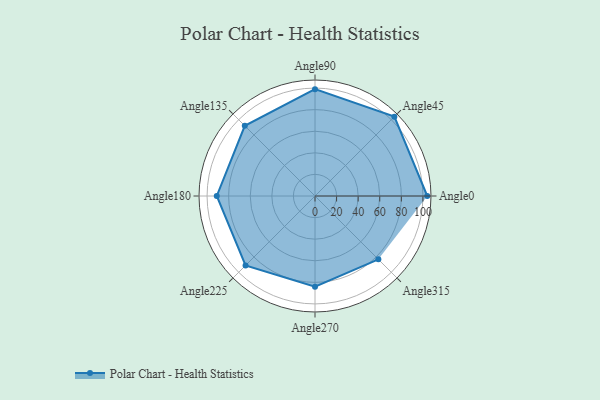
{"axis": {"x": "Angle", "y": "Radius"}, "legend": [""], "data": [{"x": "Angle0", "y": 104.0, "type": ""}, {"x": "Angle45", "y": 104.0, "type": ""}, {"x": "Angle90", "y": 99.0, "type": ""}, {"x": "Angle135", "y": 92.0, "type": ""}, {"x": "Angle180", "y": 91.0, "type": ""}, {"x": "Angle225", "y": 91.0, "type": ""}, {"x": "Angle270", "y": 84.0, "type": ""}, {"x": "Angle315", "y": 83.0, "type": ""}]}